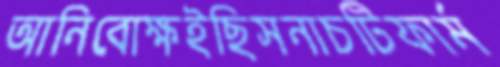
আনিবোক্ষইছিসনাচটিফার্ম